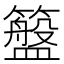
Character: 𮆮